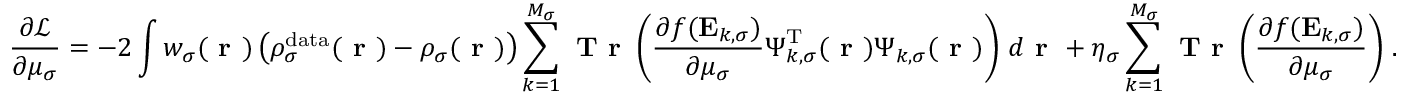
\frac { \partial \mathcal { L } } { \partial \mu _ { \sigma } } = - 2 \int w _ { \sigma } ( \boldsymbol { \textbf { r } } ) \left( \rho _ { \sigma } ^ { \mathrm { d a t a } } ( \boldsymbol { \textbf { r } } ) - \rho _ { \sigma } ( \boldsymbol { \textbf { r } } ) \right) \sum _ { k = 1 } ^ { M _ { \sigma } } \textbf { T r } \left( \frac { \partial f ( \mathbf { E } _ { k , \sigma } ) } { \partial \mu _ { \sigma } } \boldsymbol { \Psi } _ { k , \sigma } ^ { \mathrm { T } } ( \boldsymbol { \textbf { r } } ) \boldsymbol { \Psi } _ { k , \sigma } ( \boldsymbol { \textbf { r } } ) \right) \, d \boldsymbol { \textbf { r } } + \eta _ { \sigma } \sum _ { k = 1 } ^ { M _ { \sigma } } \textbf { T r } \left( \frac { \partial f ( \mathbf { E } _ { k , \sigma } ) } { \partial \mu _ { \sigma } } \right) \, .